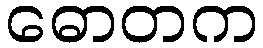
ဓောတက